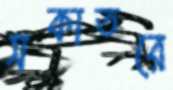
সকাতরে